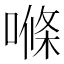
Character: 𠺧